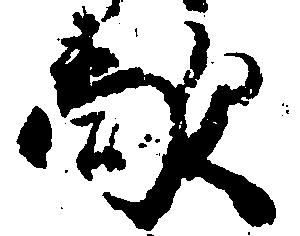
敵